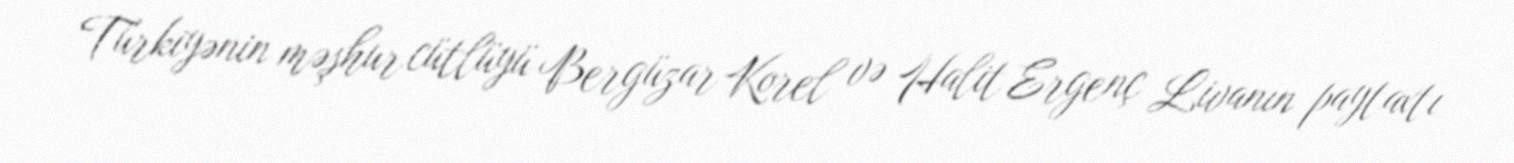
Türkiyənin məşhur cütlüyü Bergüzar Korel və Halit Ergenç Livanın paytaxtı